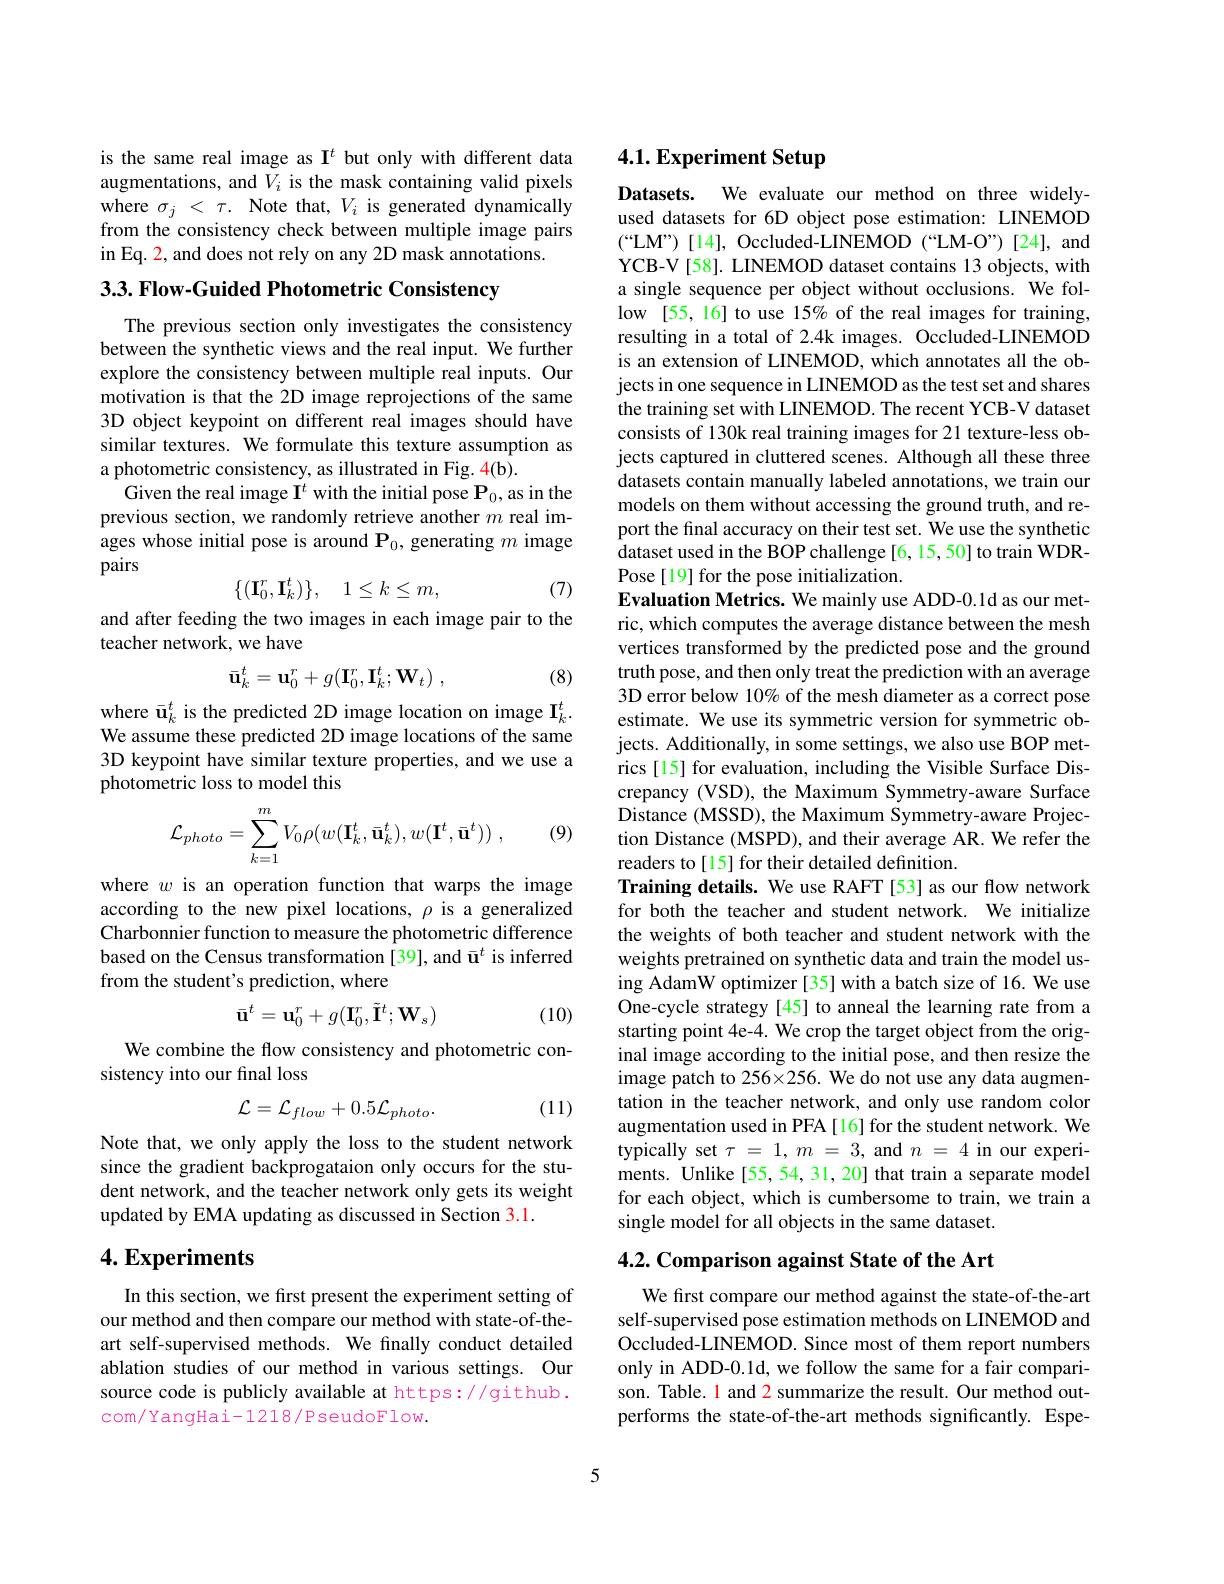
is the same real image as I$^t$ but only with different data augmentations, and $V_i$ is the mask containing valid pixels where $\sigma_j<\tau.$ Note that, $V_i$ is generated dynamically from the consistency check between multiple image pairs in Eq. 2, and does not rely on any 2D mask annotations.

3.3. Flow- Guided Photometric Consistency

The previous section only investigates the consistency between the synthetic views and the real input. We further explore the consistency between multiple real inputs. Our motivation is that the 2D image reprojections of the same 3D object keypoint on different real images should have similar textures. We formulate this texture assumption as a photometric consistency, as illustrated in Fig. 4(b).
Given the real image $\mathbf{I}^t$ with the initial pose $\mathbf{P}_0$, as in the previous section, we randomly retrieve another $m$ real images whose initial pose is around $\mathbf{P}_0$, generating $m$ image pairs
$$\{(\mathbf{I}_0^r,\mathbf{I}_k^t)\},\quad1\leq k\leq m,$$
(7)

and after feeding the two images in each image pair to the
teacher network, we have
$$\bar{\mathbf{u}}_{k}^{t}=\mathbf{u}_{0}^{r}+g(\mathbf{I}_{0}^{r},\mathbf{I}_{k}^{t};\mathbf{W}_{t})\:,$$
(8)

where $\bar{\mathbf{u}}_k^t$ is the predicted 2D image location on image I$_k^t.$ We assume these predicted 2D image locations of the same 3D keypoint have similar texture properties, and we use a photometric loss to model this

(9)
$$\mathcal{L}_{photo}=\sum_{k=1}^{m}V_{0}\rho(w(\mathbf{I}_{k}^{t},\bar{\mathbf{u}}_{k}^{t}),w(\mathbf{I}^{t},\bar{\mathbf{u}}^{t}))\:,$$
where $w$ is an operation function that warps the image according to the new pixel locations, $\rho$ is a generalized Charbonnier function to measure the photometric difference based on the Census transformation [39], and $\bar{\mathbf{u}}^t$ is inferred from the student's prediction, where
$$\bar{\mathbf{u}}^{t}=\mathbf{u}_{0}^{r}+g(\mathbf{I}_{0}^{r},\tilde{\mathbf{I}}^{t};\mathbf{W}_{s})$$
(10)

We combine the flow consistency and photometric con-
sistency into our final loss

(11)
$$\mathcal{L}=\mathcal{L}_{flow}+0.5\mathcal{L}_{photo}.$$
Note that, we only apply the loss to the student network since the gradient backprogataion only occurs for the student network, and the teacher network only gets its weight updated by EMA updating as discussed in Section 3.1.

## $4. \textbf{Experiments}$

In this section, we first present the experiment setting of our method and then compare our method with state-of-theart self-supervised methods. We finally conduct detailed ablation studies of our method in various settings. Our source code is publicly available at https://github . com/YangHai-1218/PseudoFlow.

# 4.1. Experiment Setup

Datasets. We evaluate our method on three widelyused datasets for 6D object pose estimation: LINEMOD (“LM”)[14], Occluded-LINEMOD(“LM-O”)[24], and YCB-V[58]. LINEMOD dataset contains 13 objects, with a single sequence per object without occlusions. We follow [55, 16] to use 15% of the real images for training, resulting in a total of 2.4k images. Occluded-LINEMOD is an extension of LINEMOD, which annotates all the objects in one sequence in LINEMOD as the test set and shares the training set with LINEMOD. The recent YCB-V dataset consists of 130k real training images for 21 texture-less objects captured in cluttered scenes. Although all these three datasets contain manually labeled annotations, we train our models on them without accessing the ground truth, and report the final accuracy on their test set. We use the synthetic dataset used in the BOP challenge [6, 15, 50] to train WDRPose [19] for the pose initialization.
Evaluation Metrics. We mainly use ADD-0.1d as our metric, which computes the average distance between the mesh vertices transformed by the predicted pose and the ground truth pose, and then only treat the prediction with an average 3D error below 10% of the mesh diameter as a correct pose estimate. We use its symmetric version for symmetric objects. Additionally, in some settings, we also use BOP metrics [15] for evaluation, including the Visible Surface Discrepancy (VSD), the Maximum Symmetry-aware Surface Distance (MSSD), the Maximum Symmetry-aware Projection Distance (MSPD), and their average AR. We refer the readers to[15] for their detailed definition.
Training details. We use RAFT [53] as our flow network for both the teacher and student network. We initialize the weights of both teacher and student network with the weights pretrained on synthetic data and train the model using AdamW optimizer [35] with a batch size of 16. We use One-cycle strategy[45] to anneal the learning rate from a starting point 4e-4. We crop the target object from the original image according to the initial pose, and then resize the image patch to 256×256. We do not use any data augmentation in the teacher network, and only use random color augmentation used in PFA [16] for the student network. We typically set $\tau=1,m=3$, and $n=4$ in our experiments. Unlike[55,54,31,20] that train a separate model for each object, which is cumbersome to train, we train a single model for all objects in the same dataset. 4.2. Comparison against State of the Art

We first compare our method against the state-of-the-art self-supervised pose estimation methods on LINEMOD and Occluded-LINEMOD. Since most of them report numbers only in ADD-0.1d, we follow the same for a fair comparison. Table. 1 and 2 summarize the result. Our method outperforms the state-of-the-art methods significantly. Espe-

5